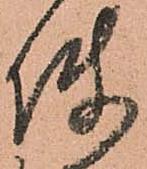
使